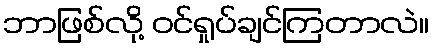
ဘာဖြစ်လို့ ဝင်ရှုပ်ချင်ကြတာလဲ။